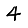
Digit: 4